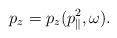
LaTeX: \begin{align*} p_z = p_z(p_{\parallel}^2,\omega ).\end{align*}